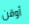
أوقن